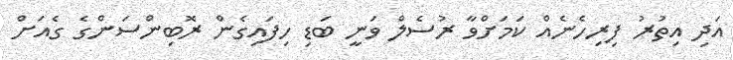
އަދި އިތުރު ފިރިހެނެއް ކަމަށްވާ ރުސެލް ވަނީ ބަޑި ހިފައިގެން ރޮބިންސަންގެ ގެއަށް